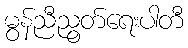
မွန်ညီညွတ်ရေးပါတီ